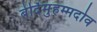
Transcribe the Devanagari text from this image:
बेर्दिमुहम्मदोव